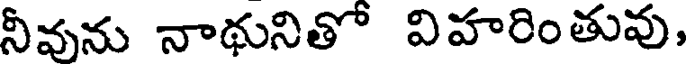
నీవును నాథునితో విహారింతువు,